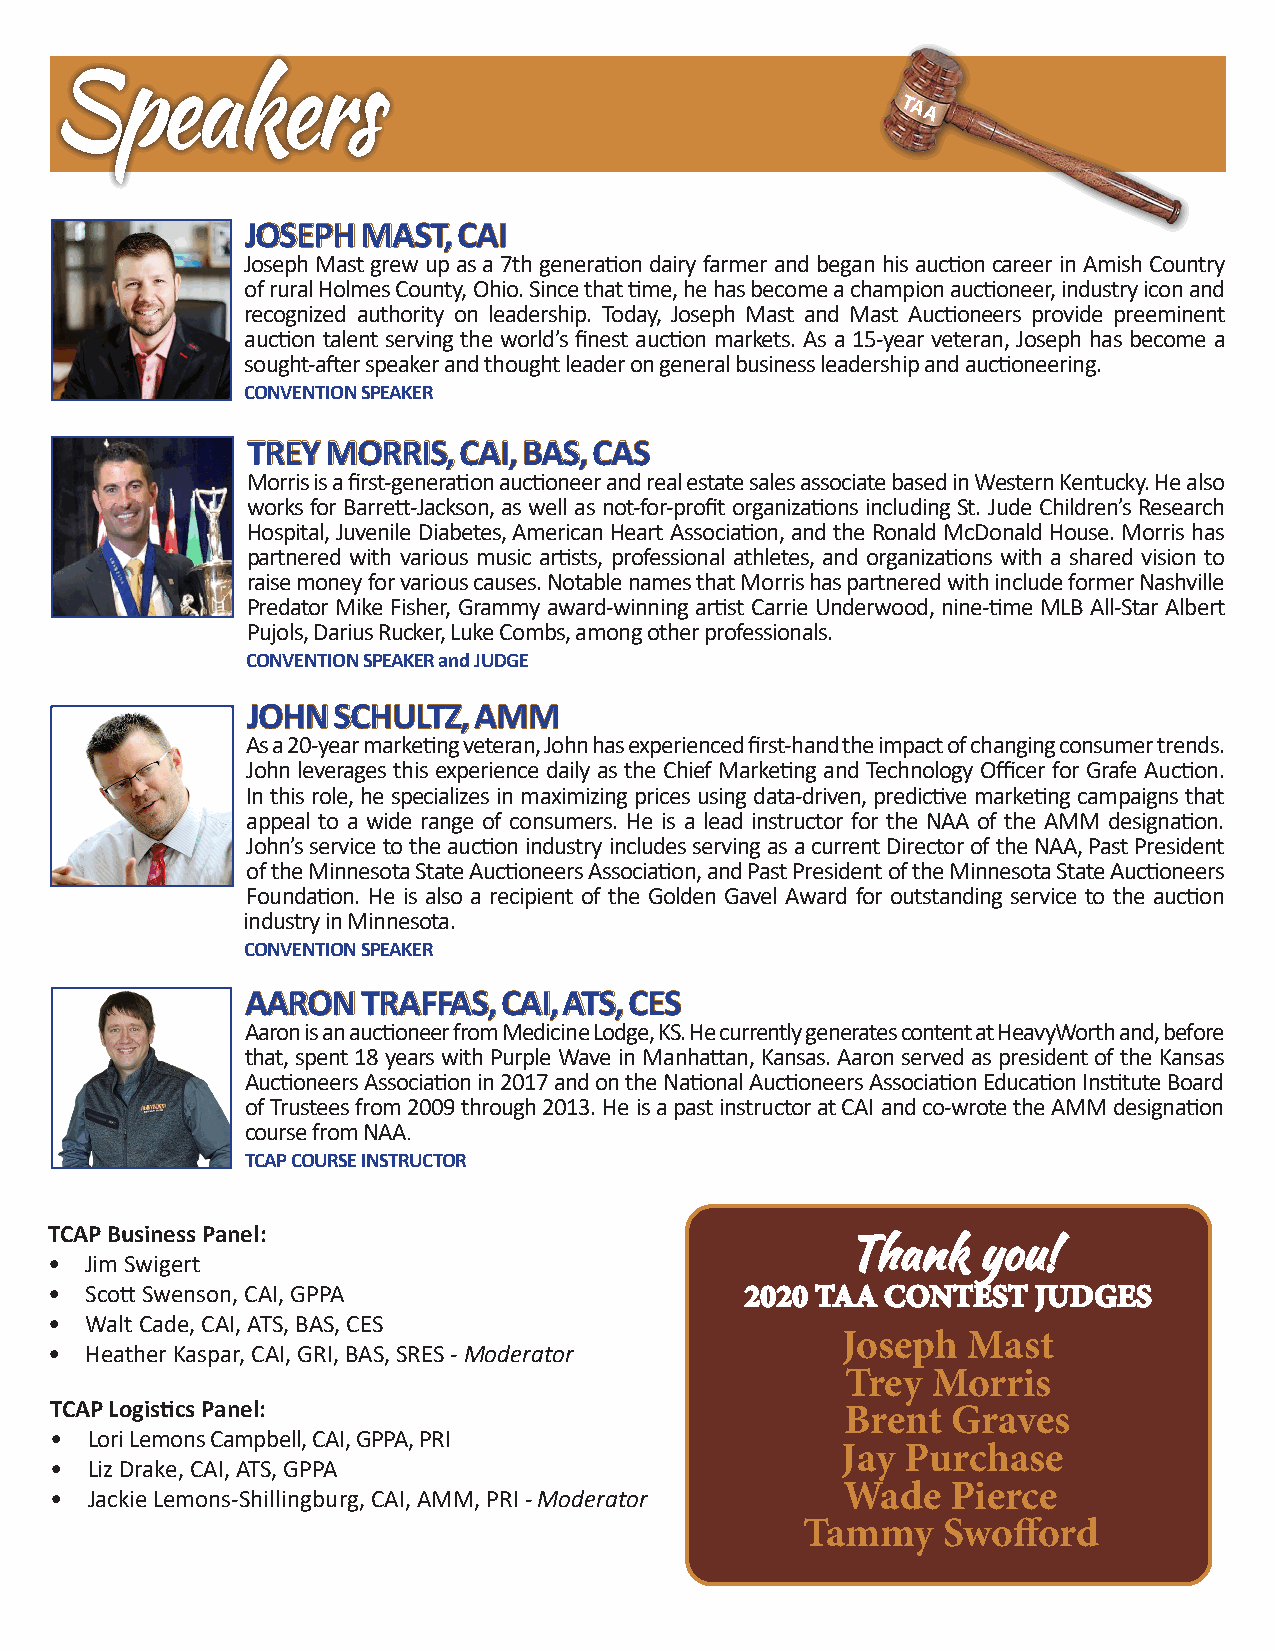
SSppeeaakkeerrss
 TAA
 JJOOSSEEPPHH MMAASSTT,, CCAAII
 Joseph Mast grew up as a 7th generation dairy farmer and began his auction career in Amish Country
 of rural Holmes County, Ohio. Since that time, he has become a champion auctioneer, industry icon and
 recognized authority on leadership. Today, Joseph Mast and Mast Auctioneers provide preeminent
 auction talent serving the world’s finest auction markets. As a 15-year veteran, Joseph has become a
 sought-after speaker and thought leader on general business leadership and auctioneering.
 CONVENTION SPEAKER
 TTRREEYY MMOORRRRIISS,, CCAAII,, BBAASS,, CCAASS
 Morris is a first-generation auctioneer and real estate sales associate based in Western Kentucky. He also
 works for Barrett-Jackson, as well as not-for-profit organizations including St. Jude Children’s Research
 Hospital, Juvenile Diabetes, American Heart Association, and the Ronald McDonald House. Morris has
 partnered with various music artists, professional athletes, and organizations with a shared vision to
 raise money for various causes. Notable names that Morris has partnered with include former Nashville
 Predator Mike Fisher, Grammy award-winning artist Carrie Underwood, nine-time MLB All-Star Albert
 Pujols, Darius Rucker, Luke Combs, among other professionals.
 CONVENTION SPEAKER and JUDGE
 JJOOHHNN SSCCHHUULLTTZZ,, AAMMMM
 As a 20-year marketing veteran, John has experienced first-hand the impact of changing consumer trends.
 John leverages this experience daily as the Chief Marketing and Technology Officer for Grafe Auction.
 In this role, he specializes in maximizing prices using data-driven, predictive marketing campaigns that
 appeal to a wide range of consumers. He is a lead instructor for the NAA of the AMM designation.
 John’s service to the auction industry includes serving as a current Director of the NAA, Past President
 of the Minnesota State Auctioneers Association, and Past President of the Minnesota State Auctioneers
 Foundation. He is also a recipient of the Golden Gavel Award for outstanding service to the auction
 industry in Minnesota.
 CONVENTION SPEAKER
 AAAARROONN TTRRAAFFFFAASS,, CCAAII,, AATTSS,, CCEESS
 Aaron is an auctioneer from Medicine Lodge, KS. He currently generates content at HeavyWorth and, before
 that, spent 18 years with Purple Wave in Manhattan, Kansas. Aaron served as president of the Kansas
 Auctioneers Association in 2017 and on the National Auctioneers Association Education Institute Board
 of Trustees from 2009 through 2013. He is a past instructor at CAI and co-wrote the AMM designation
 course from NAA.
 TCAP COURSE INSTRUCTOR
 TCAP Business Panel:
 TThhaannkk yyoouu!!
 •  Jim Swigert
 •  Scott Swenson, CAI, GPPA                   22002200 TTAAAA CCOONNTTEESSTT JJUUDDGGEESS
 •  Walt Cade, CAI, ATS, BAS, CES
 Joseph  Mast
 •  Heather Kaspar, CAI, GRI, BAS, SRES - Moderator
 Trey  Morris
 TCAP Logistics Panel:                                Brent  Graves
 •  Lori Lemons Campbell, CAI, GPPA, PRI
 Jay Purchase
 •  Liz Drake, CAI, ATS, GPPA
 Wade   Pierce
 •  Jackie Lemons-Shillingburg, CAI, AMM, PRI - Moderator
 Tammy    Swofford